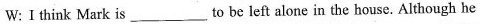
W:Ⅰ think Mark is___to be left alone in the house. Although he